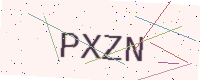
Text: PXZN